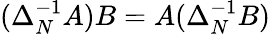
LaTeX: (\Delta_{N}^{-1}A)B=A(\Delta_{N}^{-1}B)